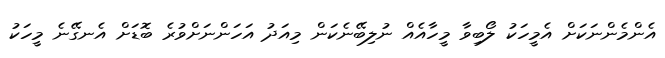
އެންމެންނަކަށް އެމީހަކު ލޯބިވާ މީހާއެއް ނުލިބޭނެކަން މިއަދު އަހަންނަށްވުރެ ބޮޑަށް އެނގޭނެ މީހަކު